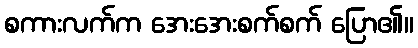
စကားလက်က အေးအေးစက်စက် ပြော၏။